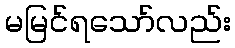
မမြင်ရသော်လည်း